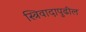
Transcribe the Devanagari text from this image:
स्त्रिवादापुढील